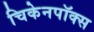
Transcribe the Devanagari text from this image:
चिकेनपॉक्स